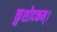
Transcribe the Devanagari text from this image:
कुशोदकम्।